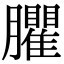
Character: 臞